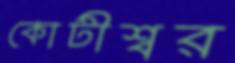
কোটীশ্বর